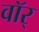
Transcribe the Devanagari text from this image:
वॉर्